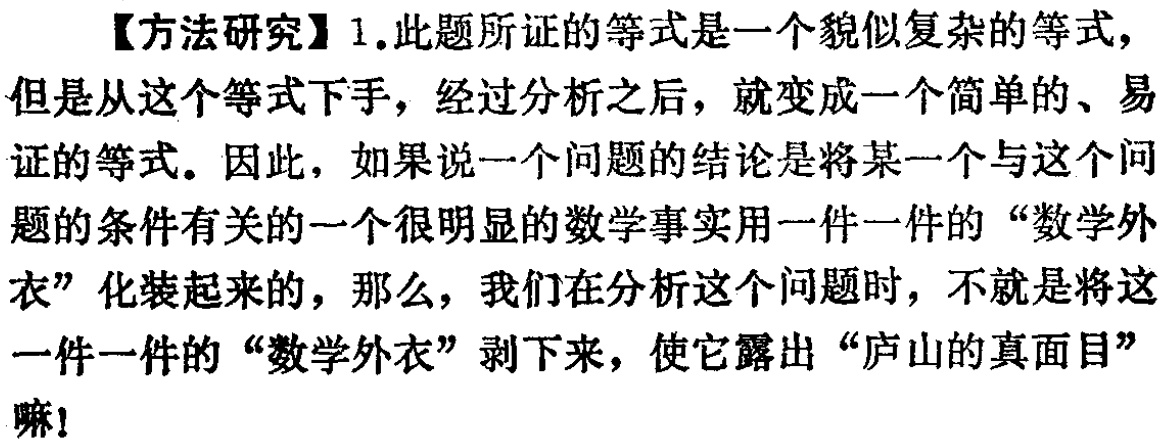
【方法研究】1.此题所证的等式是一个貌似复杂的等式，但是从这个等式下手，经过分析之后，就变成一个简单的、易证的等式。因此，如果说一个问题的结论是将某一个与这个问题的条件有关的一个很明显的数学事实用一件一件的“数学外衣”化装起来的，那么，我们在分析这个问题时，不就是将这一件一件的“数学外衣”剥下来，使它露出“庐山的真面目”嘛！